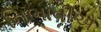
નિભાવીએ